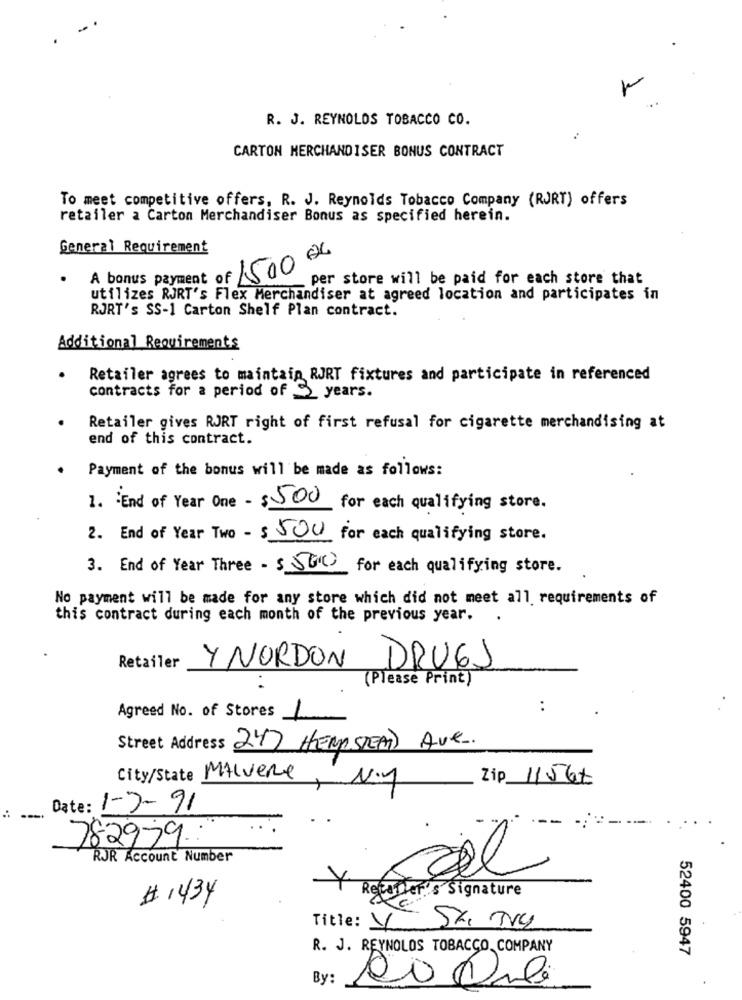
R. J. REYNOLDS TOBACCO CO.
CARTON MERCHANDISER BONUS CONTRACT
To meet competitive offers, R. J. Reynolds Tobacco Company (RJRT) offers
retailer a Carton Merchandiser Bonus as specified herein.
General Requirement
A bonus payment of 150000
_ per store will be paid for each store that
utilizes RJRT's Flex Merchandiser at agreed location and participates in
RJRT's SS-1 Carton Shelf Plan contract.
Additional Requirements
Retailer agrees to maintain RJRT fixtures and participate in referenced
contracts for a period of 3 years.
Retailer gives RJRT right of first refusal for cigarette merchandising at
end of this contract.
Payment of the bonus will be made as follows:
1. End of Year One - $ 500 for each qualifying store.
2. End of Year Two - $ 500 for each qualifying store.
3. End of Year Three - $ 500 for each qualifying store.
No payment will be made for any store which did not meet all requirements of
this contract during each month of the previous year.
Retailer
Y NORDON DRUGS
(Please Print)
Agreed No. of Stores
:
1
Street Address 247 HEARSTEAT Ave.
City/State
MALVere
Zip 11567
, N.y
Date: 1-7-91
---
782979.
RJR Account Number
Sal
Ler's Signature
# 1434
Title: V
R. J. REYNOLDS TOBACCO, COMPANY
52400 5947
By: